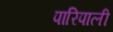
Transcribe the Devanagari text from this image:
पारिपाली